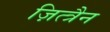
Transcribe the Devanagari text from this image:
ज़ित्त्रैन